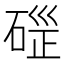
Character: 𥓱